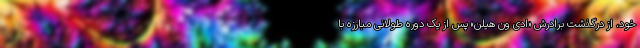
خود، از درگذشت برادرش «ادی ون هیلن» پس از یک دوره طولانی مبارزه با